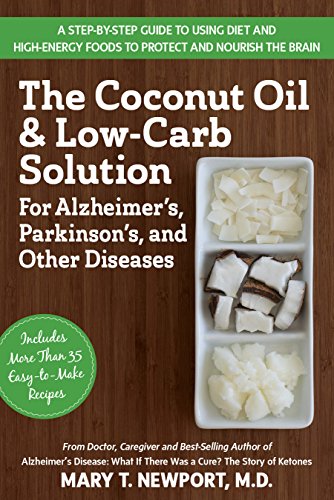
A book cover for The Coconut Oil and Low-Carb Solution for Alzheimer's, Parkinson's, and Other Diseases: A Guide to Using Diet and a High-Energy Food to Protect and No; Mary T. Newport; Cookbooks, Food & Wine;